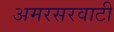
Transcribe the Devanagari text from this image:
अमरसरवाटी